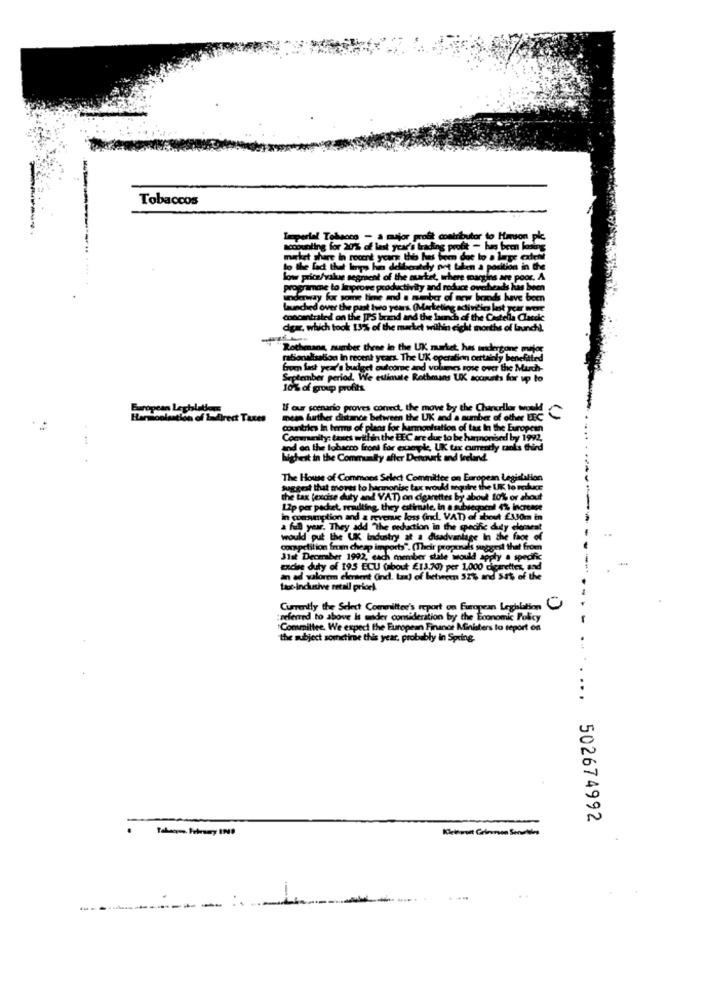
Tobaccos
Loperlol Tol
accounting for 20% c
market share in rocont
to the fact that lopp
dy me
low price/value segment of the surtet, when
programme to linprowe productivity and nodu
away for some time and a mebar of
Launched over the past two years. (M
outrated on the IPS brand and the ber
dgar, which took 13% of the market within
Rothmang, number three in the UK market, h
rationalisation In recent years. The UK operation orttakel
from last year's budget
get outcome and vol
September period. We estimate Rothmans UK so
10% of group profits
If our scenario proves conect, the move by the
Taxes
mess further distance between the UK and a number of off LEC
countries In terms of plans for harmonisation of tax In the Europ
Community: taxes within the EEC are due to be harnonised by 19
and on the tobacco front for exemple, UK tax cure
Lui hinit in the Community after Denousk and feeland.
The House of Commons Select Committee on European Legislation
Suggest that moves to harmonisc tax would require the UK to noxr
the tax (excise duty and VAT) on cigarettes by about 10% or shout
Lip per packet, resulting, they estimate, in a subsequent 4% increase
in consumption and & roy
de revenue loss (ind. VAT) of about £330mm in
a full year. They add "The reduction in the specific duty elena
would put the UK Industry at a disadvantage In the face
competition fran cheap imports". (Their propenali suggest that from
3lat Deceraber 1992, each member state would apply a specific
excise duty of 195 ECU (about £13.70) per 1,000 cigarettes,
an ad valorem elenaet (ind. Lan) of between 52% and Sat of the
tout-inclusive retail pricel
Currently the Select Committee's report on European Leghlass ...
:referred to above is mader comideration by the Eo
y the Economic Policy
Committee, We expect the European Finance Ministers to teport on
the subject sometime this year, probably in Spring.
..
502674992
--- -